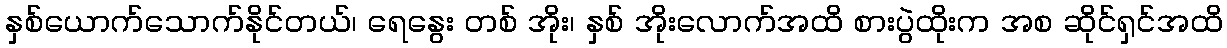
နှစ်ယောက်သောက်နိုင်တယ်၊ ရေနွေး တစ် အိုး၊ နှစ် အိုးလောက်အထိ စားပွဲထိုးက အစ ဆိုင်ရှင်အထိ